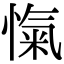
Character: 愾